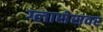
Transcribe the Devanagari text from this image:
ग्लासेसवर